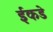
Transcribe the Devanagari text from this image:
ईकडे